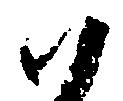
ハ